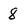
Character: 8